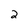
Character: 2